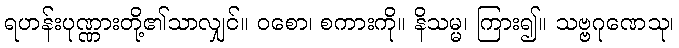
ရဟန်းပုဏ္ဏားတို့၏သာလျှင်။ ဝစော၊ စကားကို။ နိသမ္မ၊ ကြား၍။ သဗ္ဗဂုဏေသု၊